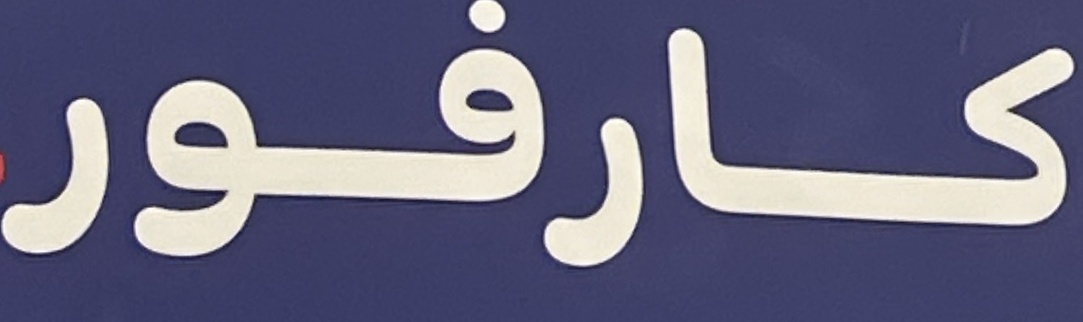
كارفور